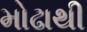
મોઢાથી